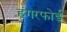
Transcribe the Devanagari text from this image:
हंगरफोर्ड